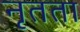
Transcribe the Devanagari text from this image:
नृतता